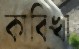
কাবিখা